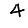
Digit: 4